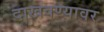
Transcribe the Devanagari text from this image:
दाखवण्यावर